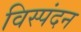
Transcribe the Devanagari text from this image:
विस्पंदन